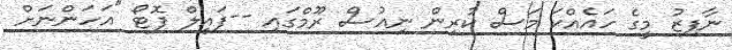
ނާފިޒު މީގެ ހައެއްކަ މަސް ކުރިން ނިއުސް ރޫމްގައި --ފައިލް ފޮޓޯ "އަހަންނަށް